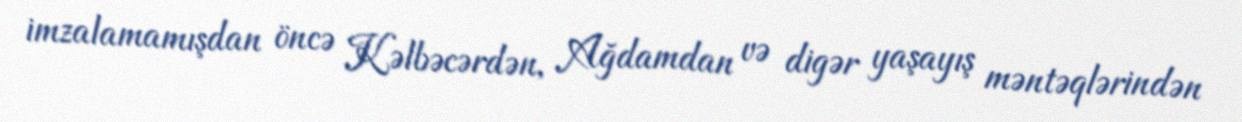
imzalamamışdan öncə Kəlbəcərdən, Ağdamdan və digər yaşayış məntəqlərindən